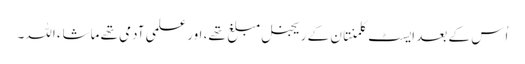
اُس کے بعد ایسٹ کلمنتان کے ریجنل مبلغ تھے، اور علمی آدمی تھے ماشاء اللہ۔